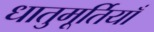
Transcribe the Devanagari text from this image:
धातुमूर्तियाँ